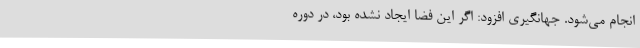
انجام می‌شود. جهانگیری افزود: اگر این فضا ایجاد نشده بود، در دوره